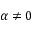
\alpha \neq 0